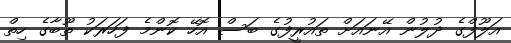
އަލޫފްގެ ދުލުން އޭނައަށް ތައުރީފުގެ ބަސް އޮހޭ ކޮންމެ ފަހަރަކު ތޫބާގެ ހިތް